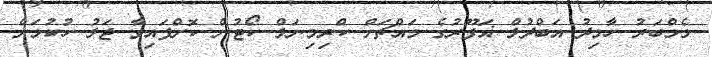
މެމްބަރު ހާމިދު އަބްދުލް ޣަފޫރުގެ މައްޗަށް ކްރިމިނަލް ކޯޓުން ކޮށްފައިވާ ޖަލު ހުކުމަށް